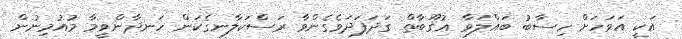
އަކީ އަވަހަށް ހިސާބު ބައްލަވާ ޢުޤޫބާތް ގަދަފަދަވެގެންވާ ރަސްކަލާނގެކަން ހަނދާންވީމާ މުއުމިނުން